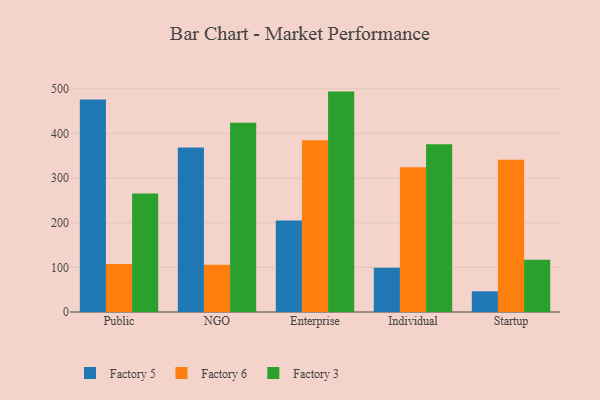
{"axis": {"x": "Segment", "y": "Backlog"}, "legend": ["Factory 3", "Factory 5", "Factory 6"], "data": [{"x": "Public", "y": 476.1, "type": "Factory 5"}, {"x": "Public", "y": 107.7, "type": "Factory 6"}, {"x": "Public", "y": 265.5, "type": "Factory 3"}, {"x": "NGO", "y": 368.4, "type": "Factory 5"}, {"x": "NGO", "y": 105.8, "type": "Factory 6"}, {"x": "NGO", "y": 424.0, "type": "Factory 3"}, {"x": "Enterprise", "y": 205.0, "type": "Factory 5"}, {"x": "Enterprise", "y": 385.0, "type": "Factory 6"}, {"x": "Enterprise", "y": 493.7, "type": "Factory 3"}, {"x": "Individual", "y": 99.1, "type": "Factory 5"}, {"x": "Individual", "y": 324.3, "type": "Factory 6"}, {"x": "Individual", "y": 375.7, "type": "Factory 3"}, {"x": "Startup", "y": 46.4, "type": "Factory 5"}, {"x": "Startup", "y": 341.3, "type": "Factory 6"}, {"x": "Startup", "y": 117.1, "type": "Factory 3"}]}